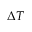
\Delta T